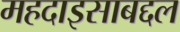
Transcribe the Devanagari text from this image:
महदाइसाबद्दल